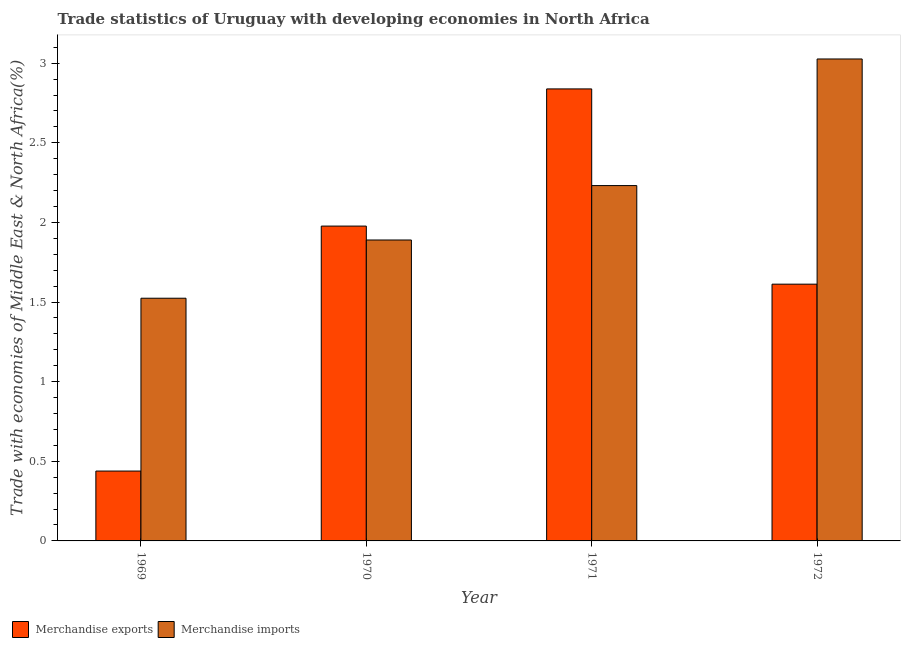
| Year | Merchandise exports | Merchandise imports |
 | --- | --- | --- |
 | 1969 | 0.439 | 1.52 |
 | 1970 | 1.98 | 1.89 |
 | 1971 | 2.84 | 2.23 |
 | 1972 | 1.61 | 3.03 |